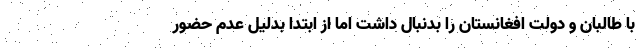
با طالبان و دولت افغانستان را بدنبال داشت اما از ابتدا بدلیل عدم حضور